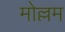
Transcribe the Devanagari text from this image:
मोल्लम